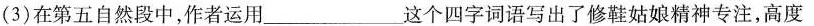
(3)在第五自然段中，作者运用这个_____________四字词语写出了修鞋姑娘精神专注，高度